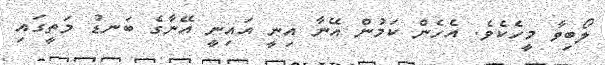
ލޯބިވާ މީހެކެވެ. އެހެން ކަމުން އޭނާ އިނީ އައިނީ އޭނާގެ ބަނޑު މަތީގައި